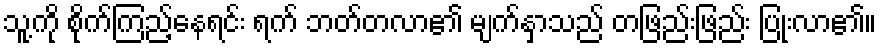
သူ့ကို စိုက်ကြည့်နေရင်း ရက် ဘတ်တလာ၏ မျက်နှာသည် တဖြည်းဖြည်း ပြုံးလာ၏။